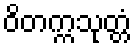
ဝိတက္ကသုတ္တံ